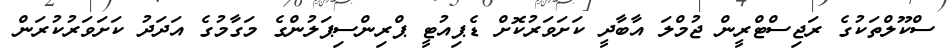
ސްކޫލްތަކުގެ ރަޖިސްޓްރީން ޖުމްލަ އާބާދީ ކަށަވަރުކޮށް ޑެޕިއުޓީ ޕްރިންސިޕަލުންގެ މަގާމުގެ އަދަދު ކަށަވަރުކުރަން